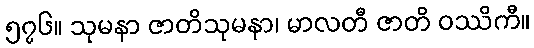
၅၇၆။ သုမနာ ဇာတိသုမနာ၊ မာလတီ ဇာတိ ဝဿိကီ။